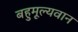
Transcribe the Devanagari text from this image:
बहुमूल्यवान